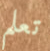
تعلم